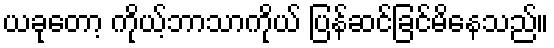
ယခုတော့ ကိုယ့်ဘာသာကိုယ် ပြန်ဆင်ခြင်မိနေသည်။